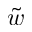
\tilde { w }